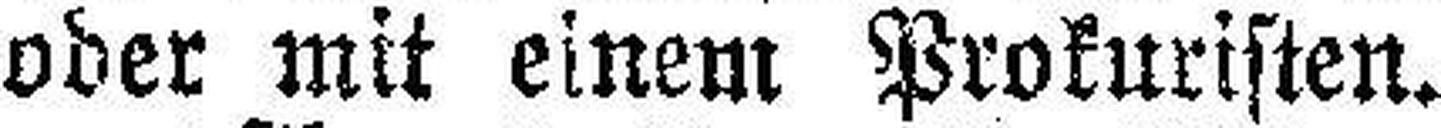
oder mit einem Prokuristen.